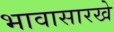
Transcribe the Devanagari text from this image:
भावासारखे